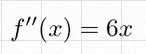
f''(x)=6x